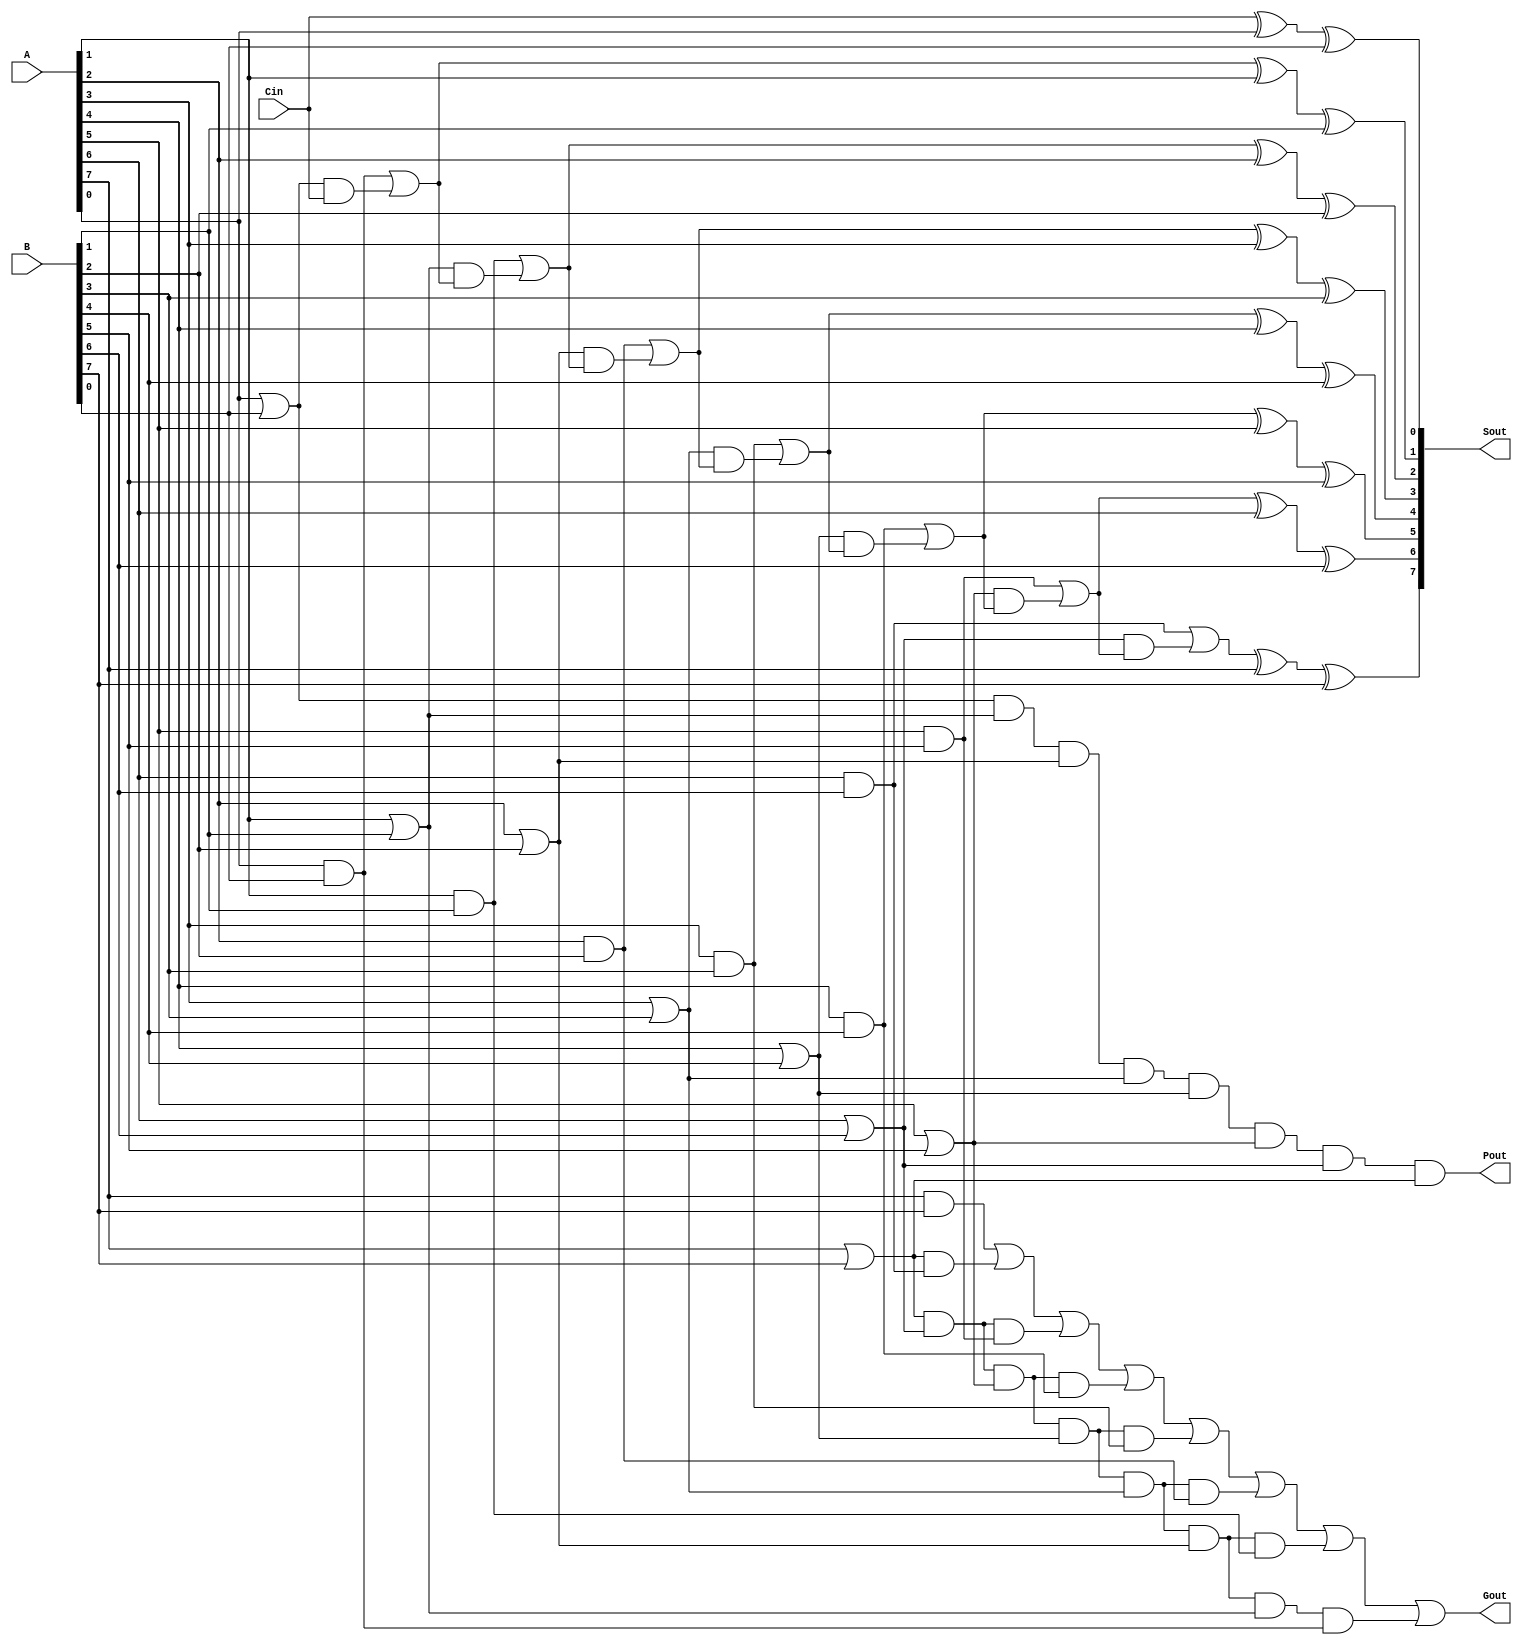
module add_8(A, B, Cin, Sout, Gout, Pout);
    input [7:0] A, B;
    input Cin;
    output [7:0] Sout;
    output Gout, Pout;

    xor s0(Sout[0], Cin, A[0], B[0]);
    and g0(w_g0, A[0], B[0]);
    or p0(w_p0, A[0], B[0]);
    and p0_Cin(w_p0_Cin, w_p0, Cin);
    or c1(w_c1, w_g0, w_p0_Cin);

    xor s1(Sout[1], w_c1, A[1], B[1]);
    and g1(w_g1, A[1], B[1]);
    or p1(w_p1, A[1], B[1]);
    and p1_c1(w_p1_c1, w_p1, w_c1);
    or c2(w_c2, w_g1, w_p1_c1);

    xor s2(Sout[2], w_c2, A[2], B[2]);
    and g2(w_g2, A[2], B[2]);
    or p2(w_p2, A[2], B[2]);
    and p2_c2(w_p2_c2, w_p2, w_c2);
    or c3(w_c3, w_g2, w_p2_c2);

    xor s3(Sout[3], w_c3, A[3], B[3]);
    and g3(w_g3, A[3], B[3]);
    or p3(w_p3, A[3], B[3]);
    and p3_c3(w_p3_c3, w_p3, w_c3);
    or c4(w_c4, w_g3, w_p3_c3);

    xor s4(Sout[4], w_c4, A[4], B[4]);
    and g4(w_g4, A[4], B[4]);
    or p4(w_p4, A[4], B[4]);
    and p4_c4(w_p4_c4, w_p4, w_c4);
    or c5(w_c5, w_g4, w_p4_c4);
    
    xor s5(Sout[5], w_c5, A[5], B[5]);
    and g5(w_g5, A[5], B[5]);
    or p5(w_p5, A[5], B[5]);
    and p5_c5(w_p5_c5, w_p5, w_c5);
    or c6(w_c6, w_g5, w_p5_c5);
    
    xor s6(Sout[6], w_c6, A[6], B[6]);
    and g6(w_g6, A[6], B[6]);
    or p6(w_p6, A[6], B[6]);
    and p6_c6(w_p6_c6, w_p6, w_c6);
    or c7(w_c7, w_g6, w_p6_c6);
    
    xor s7(Sout[7], w_c7, A[7], B[7]);
    and g7(w_g7, A[7], B[7]);
    or p7(w_p7, A[7], B[7]);
    and p7_c7(w_p7_c7, w_p7, w_c7);
    or c8(w_c8, w_g7, w_p7_c7);        

    and p(Pout, w_p0, w_p1, w_p2, w_p3, w_p4, w_p5, w_p6, w_p7);
    and p7_g6(w_p7_g6, w_p7, w_g6);
    and p7_g5(w_p7_g5, w_p7, w_p6, w_g5);
    and p7_g4(w_p7_g4, w_p7, w_p6, w_p5, w_g4);
    and p7_g3(w_p7_g3, w_p7, w_p6, w_p5, w_p4, w_g3);
    and p7_g2(w_p7_g2, w_p7, w_p6, w_p5, w_p4, w_p3, w_g2);
    and p7_g1(w_p7_g1, w_p7, w_p6, w_p5, w_p4, w_p3, w_p2, w_g1);
    and p7_g0(w_p7_g0, w_p7, w_p6, w_p5, w_p4, w_p3, w_p2, w_p1, w_g0);
    or g(Gout, w_g7, w_p7_g6, w_p7_g5, w_p7_g4, w_p7_g3, w_p7_g2, w_p7_g1, w_p7_g0);
endmodule